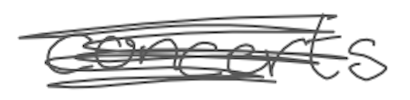
Text: concerts
Cross-out: scratch
Writing tool: digital_gray